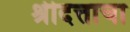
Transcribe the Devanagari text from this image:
श्रीदत्ताचा